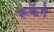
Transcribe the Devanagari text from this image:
रूकेंगे